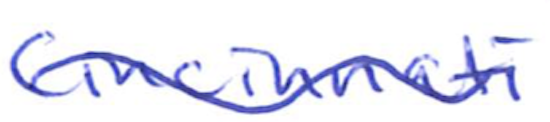
Text: Cincinnati
Cross-out: wave
Writing tool: ballpoint